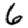
Digit: 6